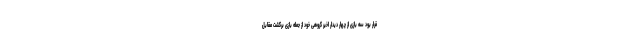
قرار بود سه بازی از چهار دیدار اخیر گروهی خود از جمله بازی برگشت مقابل